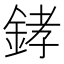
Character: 﨧